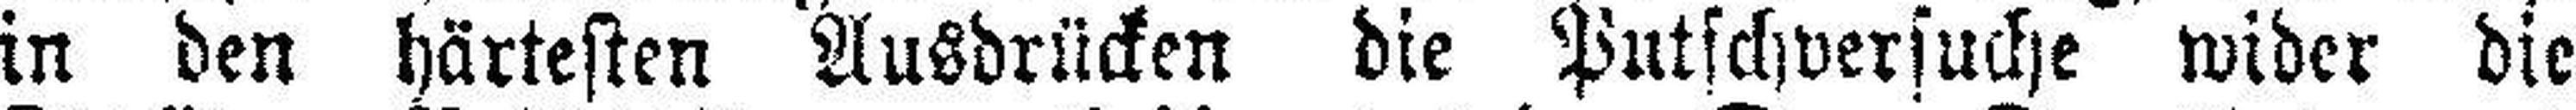
in den härtesten Ausdrücken die Putschversuche wider die